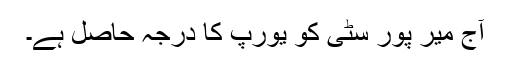
آج میر پور سٹی کو یورپ کا درجہ حاصل ہے۔